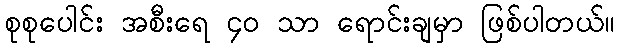
စုစုပေါင်း အစီးရေ ၄၀ သာ ရောင်းချမှာ ဖြစ်ပါတယ်။